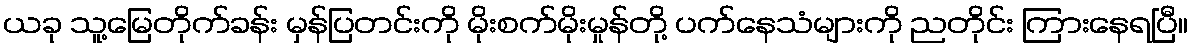
ယခု သူ့မြေတိုက်ခန်း မှန်ပြတင်းကို မိုးစက်မိုးမှုန်တို့ ပက်နေသံများကို ညတိုင်း ကြားနေရပြီ။